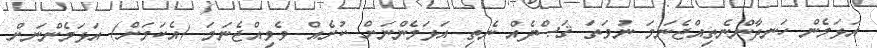
އަޅަމެން ހަނދާންނެތިއްޖެނަމަ ނުވަތަ ޤަޞްދެއް ނެތި އަޅަމެންނަށް ކުށެއް ވެވިއްޖެނަމަ (އެކަމަށް) އަޅަމެންނަށް